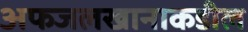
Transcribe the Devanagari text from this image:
अफजलखानाकडील